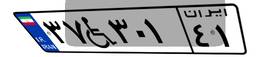
۳۷W۳۰۱۴۱